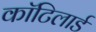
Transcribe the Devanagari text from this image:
कॉटिलार्ड